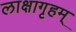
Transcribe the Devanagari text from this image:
लाक्षागृहम्